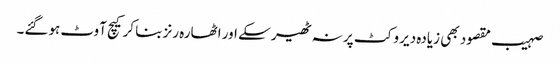
صہیب مقصود بھی زیادہ دیر وکٹ پر نہ ٹھیر سکے اور اٹھارہ رنز بنا کر کیچ آوٹ ہوگئے۔